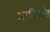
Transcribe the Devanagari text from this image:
आदिकांड